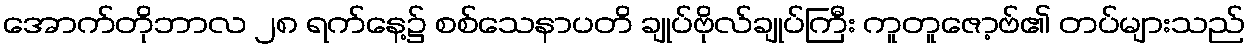
အောက်တိုဘာလ ၂၈ ရက်နေ့၌ စစ်သေနာပတိ ချုပ်ဗိုလ်ချုပ်ကြီး ကူတူဇော့ဗ်၏ တပ်များသည်